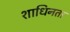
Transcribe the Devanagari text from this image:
शाधिनता